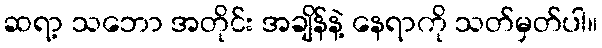
ဆရာ့ သဘော အတိုင်း အချိန်နဲ့ နေရာကို သတ်မှတ်ပါ။